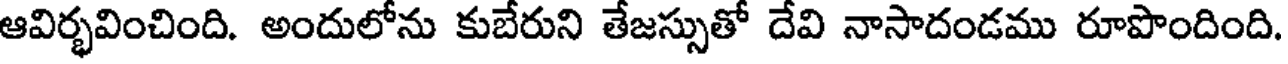
ఆవిర్భవించింది. అందులోను కుబేరుని తేజస్సుతో దేవి నాసాదండము రూపొందింది